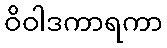
ဝိဝါဒကာရကာ